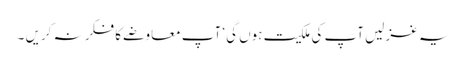
یہ غزلیں آپ کی ملکیت ہوں گی‘ آپ معاوضے کا فکر نہ کریں ۔